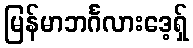
မြန်မာဘင်္ဂလားဒေ့ရှ်